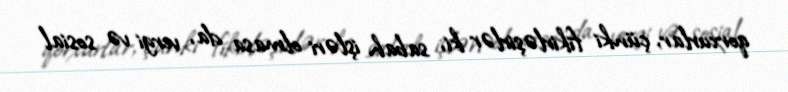
qorxurlar, çünki fikirləşirlər ki, sabah işləri olmasa da, vergi və sosial